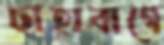
ছাহাবাগে